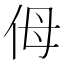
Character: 㑄